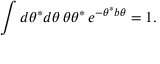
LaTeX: \int d \theta ^ { * } d \theta \, \theta \theta ^ { * } \, e ^ { - \theta ^ { * } b \theta } = 1 .